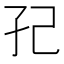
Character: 𭒼